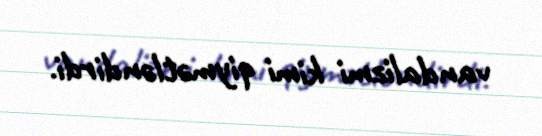
vandalizmi kimi qiymətləndirdi.